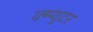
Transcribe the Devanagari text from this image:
क्म्प्युटर